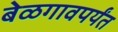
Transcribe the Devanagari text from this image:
बेळगावपर्यंत